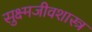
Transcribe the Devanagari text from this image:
सुक्ष्मजीवशास्त्र